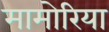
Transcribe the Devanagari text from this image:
मामोरिया